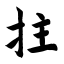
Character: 拄